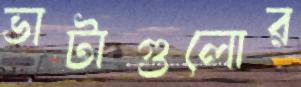
ভাটাগুলোর